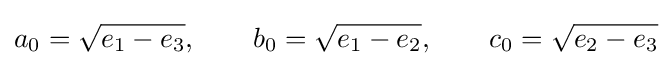
a_{0}={\sqrt {e_{1}-e_{3}}},\qquad b_{0}={\sqrt {e_{1}-e_{2}}},\qquad c_{0}={\sqrt {e_{2}-e_{3}}}